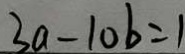
3 a - 1 0 b = 1